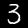
Label: 3